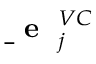
\mathrm { ~ \bf ~ \underline { ~ } { ~ e ~ } ~ } _ { j } ^ { V C }